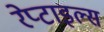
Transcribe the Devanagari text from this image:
रेप्टाइल्स